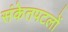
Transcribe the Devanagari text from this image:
संकेतपटलों